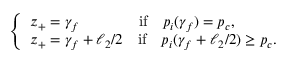
\left\{ \begin{array} { l l } { z _ { + } = \gamma _ { f } ~ ~ ~ ~ ~ ~ \qquad \mathrm { i f } \quad p _ { i } ( \gamma _ { f } ) = p _ { c } , } \\ { z _ { + } = \gamma _ { f } + \ell _ { 2 } / 2 \quad \mathrm { i f } \quad p _ { i } ( \gamma _ { f } + \ell _ { 2 } / 2 ) \geq p _ { c } . } \end{array} \right.